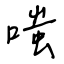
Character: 嗤